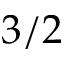
3 / 2